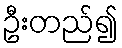
ဦးတည်၍